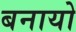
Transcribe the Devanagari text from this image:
बनायो